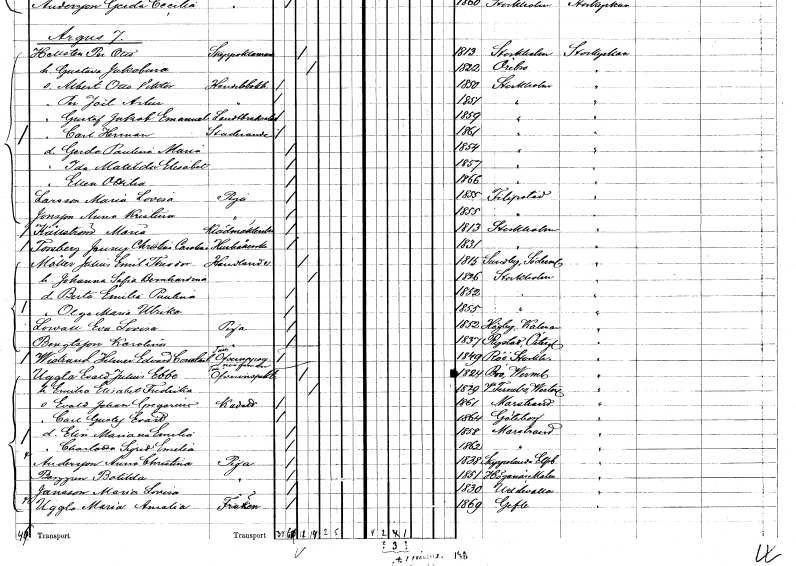
gt_parse: households: individuals: FN: Carl Herman
YRKE: Studerande
KON: M
CIV: O
FODAR: 1861
FODFORS: Stockholm
FN: Gerda Paulina Maria
KON: K
CIV: O
FODAR: 1854
FODFORS: Stockholm
FN: Ida Matilda Elisabet
KON: K
CIV: O
FODAR: 1857
FODFORS: Stockholm
FN: Ellen Ottilia
KON: K
CIV: O
FODAR: 1866
FODFORS: Stockholm
FN: Maria Lovisa
EN: Larsson
YRKE: Piga
KON: K
CIV: O
FODAR: 1855
FODFORS: Filipstad Värmlands län
FN: Anna Kristina
EN: Jonsson
YRKE: Piga
KON: K
CIV: O
FODAR: 1855
FODFORS: Filipstad Värmlands län
FN: Maria
EN: Källström
YRKE: Klädmäklare
KON: K
CIV: O
FODAR: 1813
FODFORS: Stockholm
FN: Jenny Christina Carolina
EN: Forsberg
YRKE: Hushållerska
KON: K
CIV: O
FODAR: 1831
FODFORS: Stockholm
FN: Johan Emil Theodor
EN: Möller
YRKE: Handlande
KON: M
CIV: G
FODAR: 1815
FODFORS: Sundby Södermanlands län
FN: Johanna Sofia Bernhardina
KON: K
CIV: G
FODAR: 1826
FODFORS: Stockholm
FN: Berta Emilia Paulina
KON: K
CIV: O
FODAR: 1852
FODFORS: Stockholm
FN: Olga Maria Ulrika
KON: K
CIV: O
FODAR: 1855
FODFORS: Stockholm
FN: Eva Lovisa
EN: Lowall
YRKE: Piga
KON: K
CIV: O
FODAR: 1852
FODFORS: Högby Kalmar län
FN: Karolina
EN: Bengtsson
YRKE: Piga
KON: K
CIV: O
FODAR: 1837
FODFORS: Rystad Östergötlands län
FN: Helmer Constantin
EN: Wistrand
YRKE: Tullöveruppsyningsman
KON: M
CIV: O
FODAR: 1849
FODFORS: Rö Stockholms län
FN: Evald Julius Ebbe
EN: Uggla
YRKE: Tullöverinspektör
KON: M
CIV: G
FODAR: 1824
FODFORS: Bro Värmlands län
FN: Emilia Elisabet Fredrika
KON: K
CIV: G
FODAR: 1829
FODFORS: Västerfärnebo Västmanlands län
FN: Evald Johan Gregorius
YRKE: Kadett
KON: M
CIV: O
FODAR: 1861
FODFORS: Marstrand Göteborgs- och Bohuslän
FN: Carl Gustaf Evald
KON: M
CIV: O
FODAR: 1864
FODFORS: Göteborg Göteborgs- och Bohuslän
FN: Elin Mariana Emilia
KON: K
CIV: O
FODAR: 1858
FODFORS: Marstrand Göteborgs- och Bohuslän
FN: Charlotta Sigrid Emelia
KON: K
CIV: O
FODAR: 1862
FODFORS: Marstrand Göteborgs- och Bohuslän
FN: Anna Christina
EN: Andersson
YRKE: Piga
KON: K
CIV: O
FODAR: 1838
FODFORS: Skepplanda Älvsborgs län
FN: Botilda
EN: Berggren
YRKE: Piga
KON: K
CIV: O
FODAR: 1851
FODFORS: Höganäs Malmöhus län
FN: Maria Lovisa
EN: Jansson
YRKE: Piga
KON: K
CIV: O
FODAR: 1830
FODFORS: Uddevalla Göteborgs- och Bohuslän
FN: Maria Amalia
EN: Uggla
KON: K
CIV: O
FODAR: 1869
FODFORS: Gävle Gävleborgs län